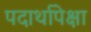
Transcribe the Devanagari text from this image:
पदार्थापेक्षा